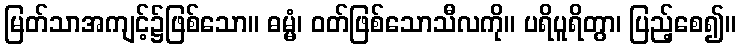
မြတ်သာအကျင့်၌ဖြစ်သော။ ဓမ္မံ၊ ဝတ်ဖြစ်သောသီလကို။ ပရိပူရိတွာ၊ ပြည့်စေ၍။